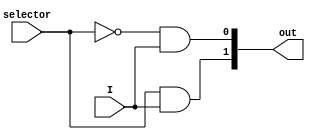
module demux_one_two(
    input I,
    input selector,
    output [1:0]out
);
and(out[0],~selector,I);
and(out[1],selector,I);
endmodule